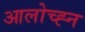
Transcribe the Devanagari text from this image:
आलोच्ह्न